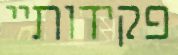
פקידותיי